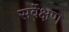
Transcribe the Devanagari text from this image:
सर्वे़क्षण